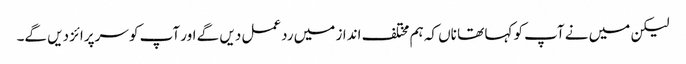
لیکن میں نے آپ کو کہا تھا ناں کہ ہم مختلف انداز میں ردعمل دیں گے اور آپ کو سرپرائز دیں گے۔